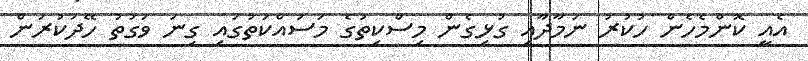
އެއީ ކޮންމެހެން ހުކުރު ނަމާދާއި ގުޅިގެން މިސްކިތުގެ މަސައްކަތުގައި ގިނަ ވަގުތު ހޭދަކުރަން